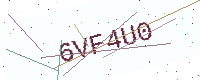
Text: 6VF4U0